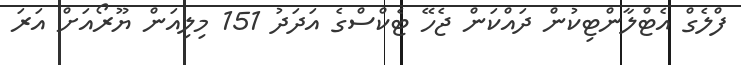
ފްލެގް އެޓްލާންޓިކުން ދައްކަން ޖެހޭ ޓެކްސްގެ އަދަދު 151 މިލިއަން ޔޫރޯއަށް އަރަ